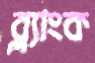
ব্ল্যাংক